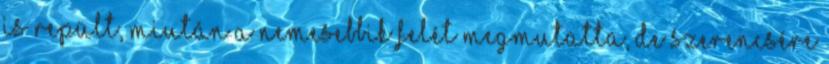
is repült, miután a nemesebbik felét megmutatta, de szerencsére